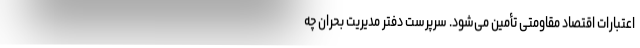
اعتبارات اقتصاد مقاومتی تأمین می‌شود. سرپرست دفتر مدیریت بحران چه